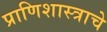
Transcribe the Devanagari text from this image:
प्राणिशास्त्राचे